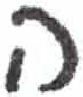
אות: ה